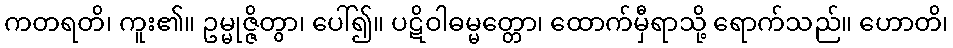
ကတရတိ၊ ကူး၏။ ဥမ္မုဇ္ဇိတွာ၊ ပေါ်၍။ ပဋိဝါဓမ္မတ္တော၊ ထောက်မှီရာသို့ ရောက်သည်။ ဟောတိ၊